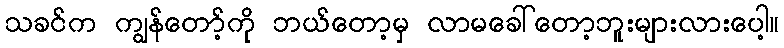
သခင်က ကျွန်တော့်ကို ဘယ်တော့မှ လာမခေါ်တော့ဘူးများလားပေါ့။